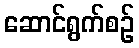
ဆောင်ရွက်စဉ်